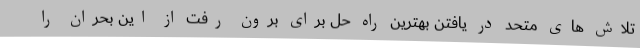
تلاش های متحد در یافتن بهترین راه حل برای برون رفت از این بحران را